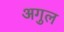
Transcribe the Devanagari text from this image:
अगुल